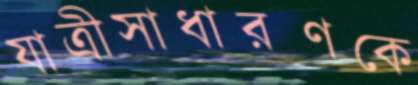
যাত্রীসাধারণকে